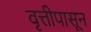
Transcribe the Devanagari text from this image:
वृत्तीपासून